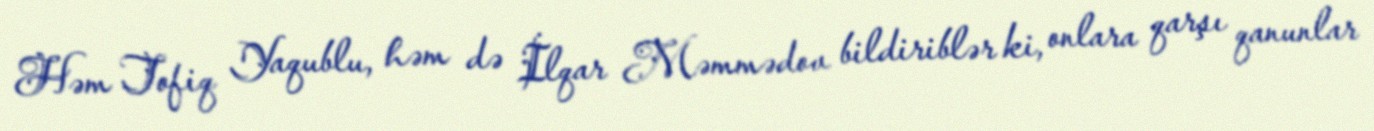
Həm Tofiq Yaqublu, həm də İlqar Məmmədov bildiriblər ki, onlara qarşı qanunlar